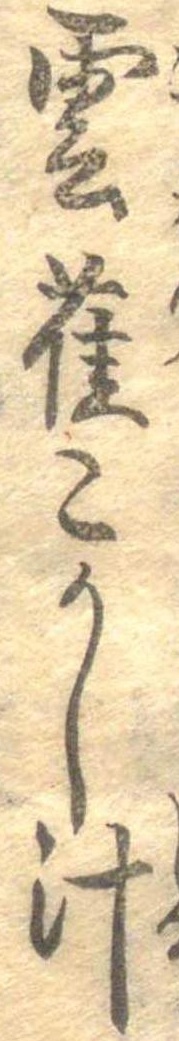
雲雀こかし汁